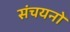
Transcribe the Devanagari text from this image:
संचयनों